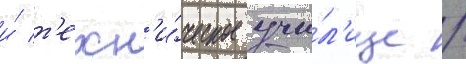
и́ т'ехн'и́ческое учи́л'ище /